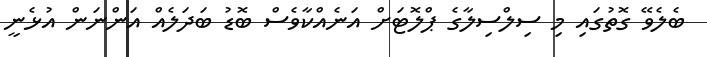
ބެލެވޭ ގޮތުގައި މި ސިލްސިލާގެ ޕްލޮޓަށް އަނެއްކާވެސް ބޮޑު ބަދަލެއް އަންނަން އުޅެނީ